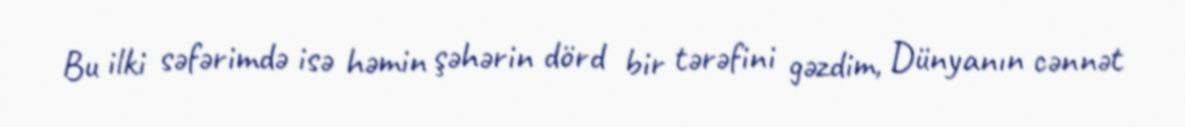
Bu ilki səfərimdə isə həmin şəhərin dörd bir tərəfini gəzdim, Dünyanın cənnət